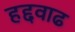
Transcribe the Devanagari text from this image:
हद्दवाढ